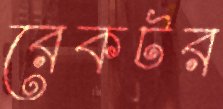
রেকটর